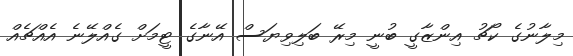
މިލާނުގެ ކޯޗު އިންޒާގީ ބުނީ މިރޭ ބަލިވިޔަސް އޭނާގެ ޓީމަށް ގެއްލޭނެ އެއްޗެއް